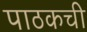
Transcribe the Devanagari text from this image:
पाठकची